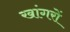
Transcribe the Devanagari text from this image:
खांगरों